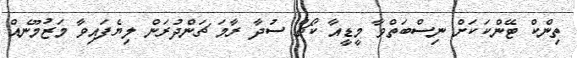
ތިންކް ޓޭންކަކަށް ނިސްބަތްވާ މީޑީއާ ކޯޗް ސުދާ ރާމަ ޗަންދުރަން ލިޔެފައިވާ މަޒުމޫނެއް